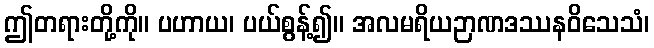
ဤတရားတို့ကို။ ပဟာယ၊ ပယ်စွန့်၍။ အလမရိယဉာဏဒဿနဝိသေသံ၊